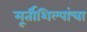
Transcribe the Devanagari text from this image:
मूर्तीशिल्पांचा